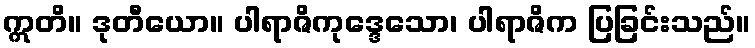
ဣတိ။ ဒုတီယော။ ပါရာဇိကုဒ္ဒေသော၊ ပါရာဇိက ပြခြင်းသည်။